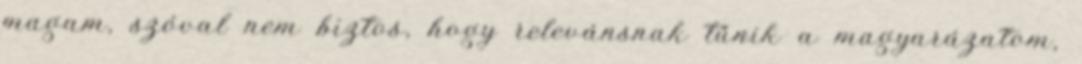
magam, szóval nem biztos, hogy relevánsnak tűnik a magyarázatom,